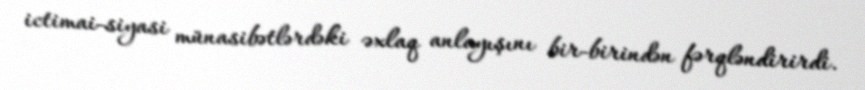
ictimai-siyasi münasibətlərdəki əxlaq anlayışını bir-birindən fərqləndirirdi.